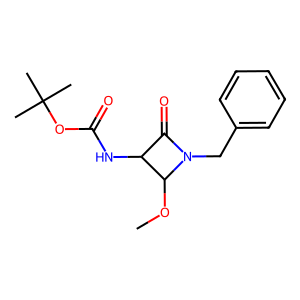
SMILES: COC1C(NC(=O)OC(C)(C)C)C(=O)N1Cc1ccccc1
Inhibits HIV replication: No